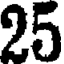
25